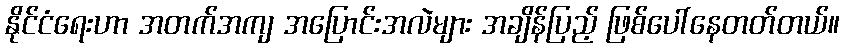
နိုင်ငံရေးဟာ အတက်အကျ အပြောင်းအလဲများ အချိန်ပြည့် ဖြစ်ပေါ်နေတတ်တယ်။